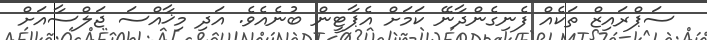
ސަޕްރައިޒް ތަކެއް ފެނިގެންދާނޭ ކަމަށް އެޕާޓީން ބުނެއެވެ. އަދި މިޚާއްސަ ޖަލްސާއަށް